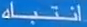
انتباه